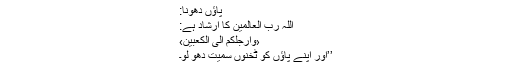
پاؤں دھونا:
اللہ رب العالمین کا ارشاد ہے:
‹وَاَرْجُلَكُمْ اِلَى الْكَعْبَيْنِ›
’’اور اپنے پاؤں کو ٹخنوں سمیت دھو لو۔